Indian journal of veterinary science and animal husbandry - Volume 5,
Year: 1935
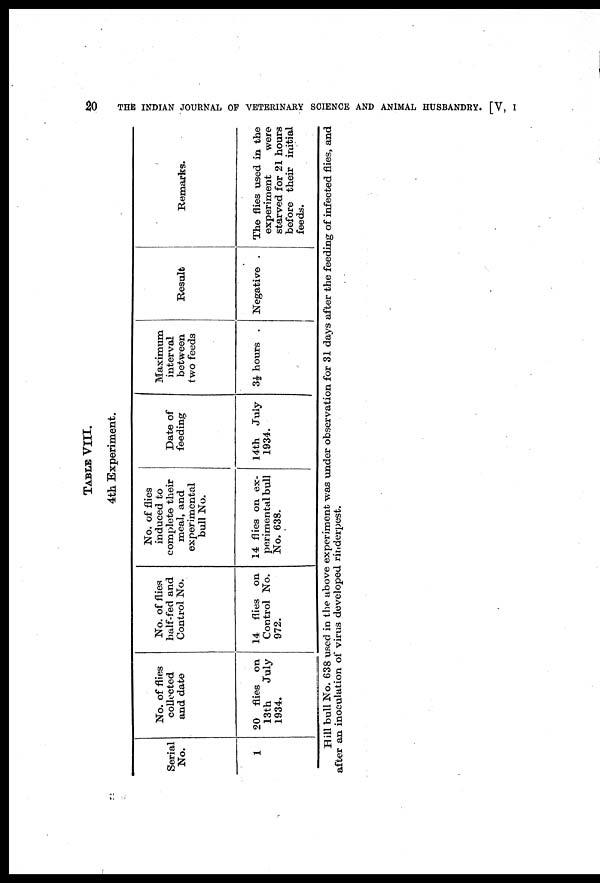
20
THE INDIAN JOURNAL OF VETERINARY SCIENCE AND ANIMAL HUSBANDRY. [V, I
TABLE VIII.
4th Experiment.
Serial
No.
1
No. of flies
collected
and date
20 flies on
13th
July
1934.
No. of flies
half-fed and
Control No.
14 flies on
Control No.
972.
No. of flies
induced to
complete their
meal, and
experimental
bull No.
14 flies on ex-
perimental bull
No. 638.
Date of
feeding
14th July
1934.
Maximum
interval
between
two feeds
3½ hours .
Result
Negative .
Remarks.
The flies used in the
experiment
were
starved for 21 hours
before their initial
feeds.
Hill bull No. 638 used in the above experiment was under observation for 31 days after the feeding of infected flies, and
after an inoculation of virus developed rinderpest.